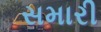
સમારી